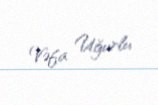
Vəfa Uğurlu